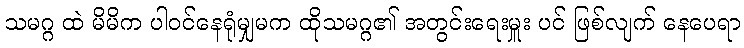
သမဂ္ဂ ထဲ မိမိက ပါဝင်နေရုံမျှမက ထိုသမဂ္ဂ၏ အတွင်းရေးမှူး ပင် ဖြစ်လျက် နေပေရာ